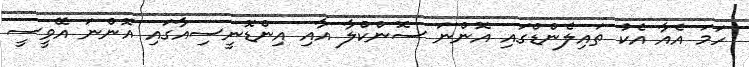
ހަމަ އެއާ އެކު ތައިލެންޑްގައި އޮންނަ ސޮންކްލާ އާއި އިންޑޮނީސިއާގައި އޮންނަ އޭވީސީ